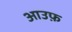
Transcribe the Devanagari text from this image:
आउफ़